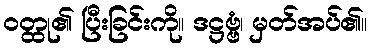
ဝတ္ထု၏ ပြီးခြင်းကို။ ဒဋ္ဌဗ္ဗံ၊ မှတ်အပ်၏။